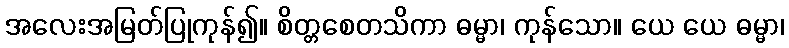
အလေးအမြတ်ပြုကုန်၍။ စိတ္တစေတသိကာ ဓမ္မာ၊ ကုန်သော။ ယေ ယေ ဓမ္မာ၊